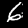
Label: 6